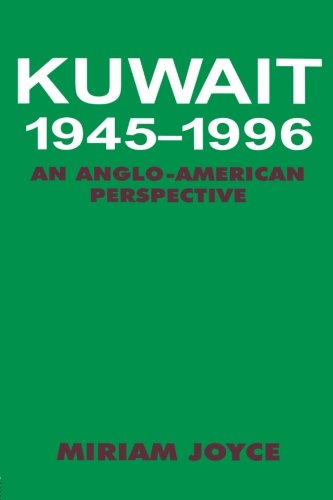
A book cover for Kuwait, 1945-1996: An Anglo-American Perspective; Miriam Joyce; History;